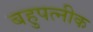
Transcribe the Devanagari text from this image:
बहुपत्‍नीक